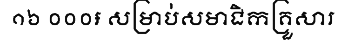
១៦ ០០០៛ សម្រាប់សមាជិកគ្រួសារ